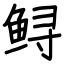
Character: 鲟